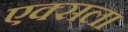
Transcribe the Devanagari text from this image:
एक्सला